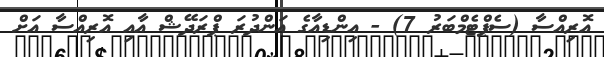
އޮރިއްސާ (ސެޕްޓެމްބަރު 7) - އިންޑިއާގެ އަންދުރަ ޕްރަދޭޝް އާއި އޮރިއްސާ އަށް